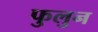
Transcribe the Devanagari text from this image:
फुलुन